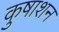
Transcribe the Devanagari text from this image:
कुषाशन